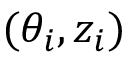
( \theta _ { i } , z _ { i } )